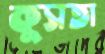
কুসতা